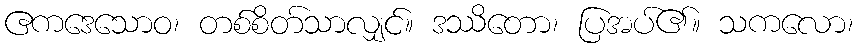
ဧကဒေသောဝ၊ တစ်စိတ်သာလျှင်။ ဒဿိတော၊ ပြအပ်၏။ သကလော၊